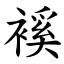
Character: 䙎